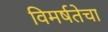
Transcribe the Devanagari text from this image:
विमर्षतेचा